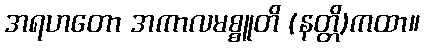
အရဟတော အကာလမစ္စူတိ (နတ္တိ)ကထာ။